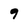
Character: 9